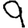
Digit: 9